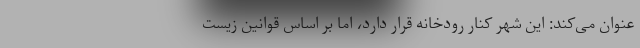
عنوان می‌کند: این شهر کنار رودخانه قرار دارد، اما بر اساس قوانین زیست